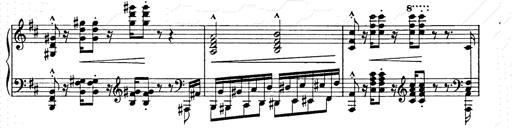
Title: Ballade No.2
Composer: Jan Skrzydlewski
Key: B minor